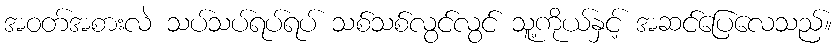
အဝတ်အစားလဲ သပ်သပ်ရပ်ရပ် သစ်သစ်လွင်လွင် သူ့ကိုယ်နှင့် အဆင်ပြေလေသည်။